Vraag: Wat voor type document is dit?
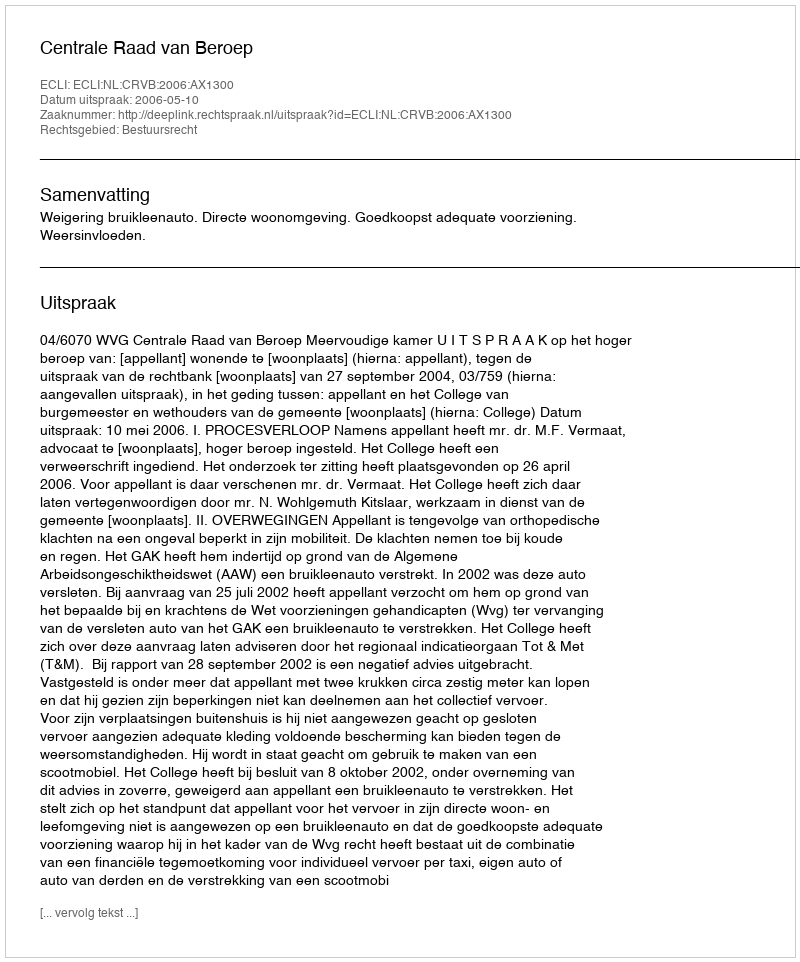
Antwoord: Uitspraak